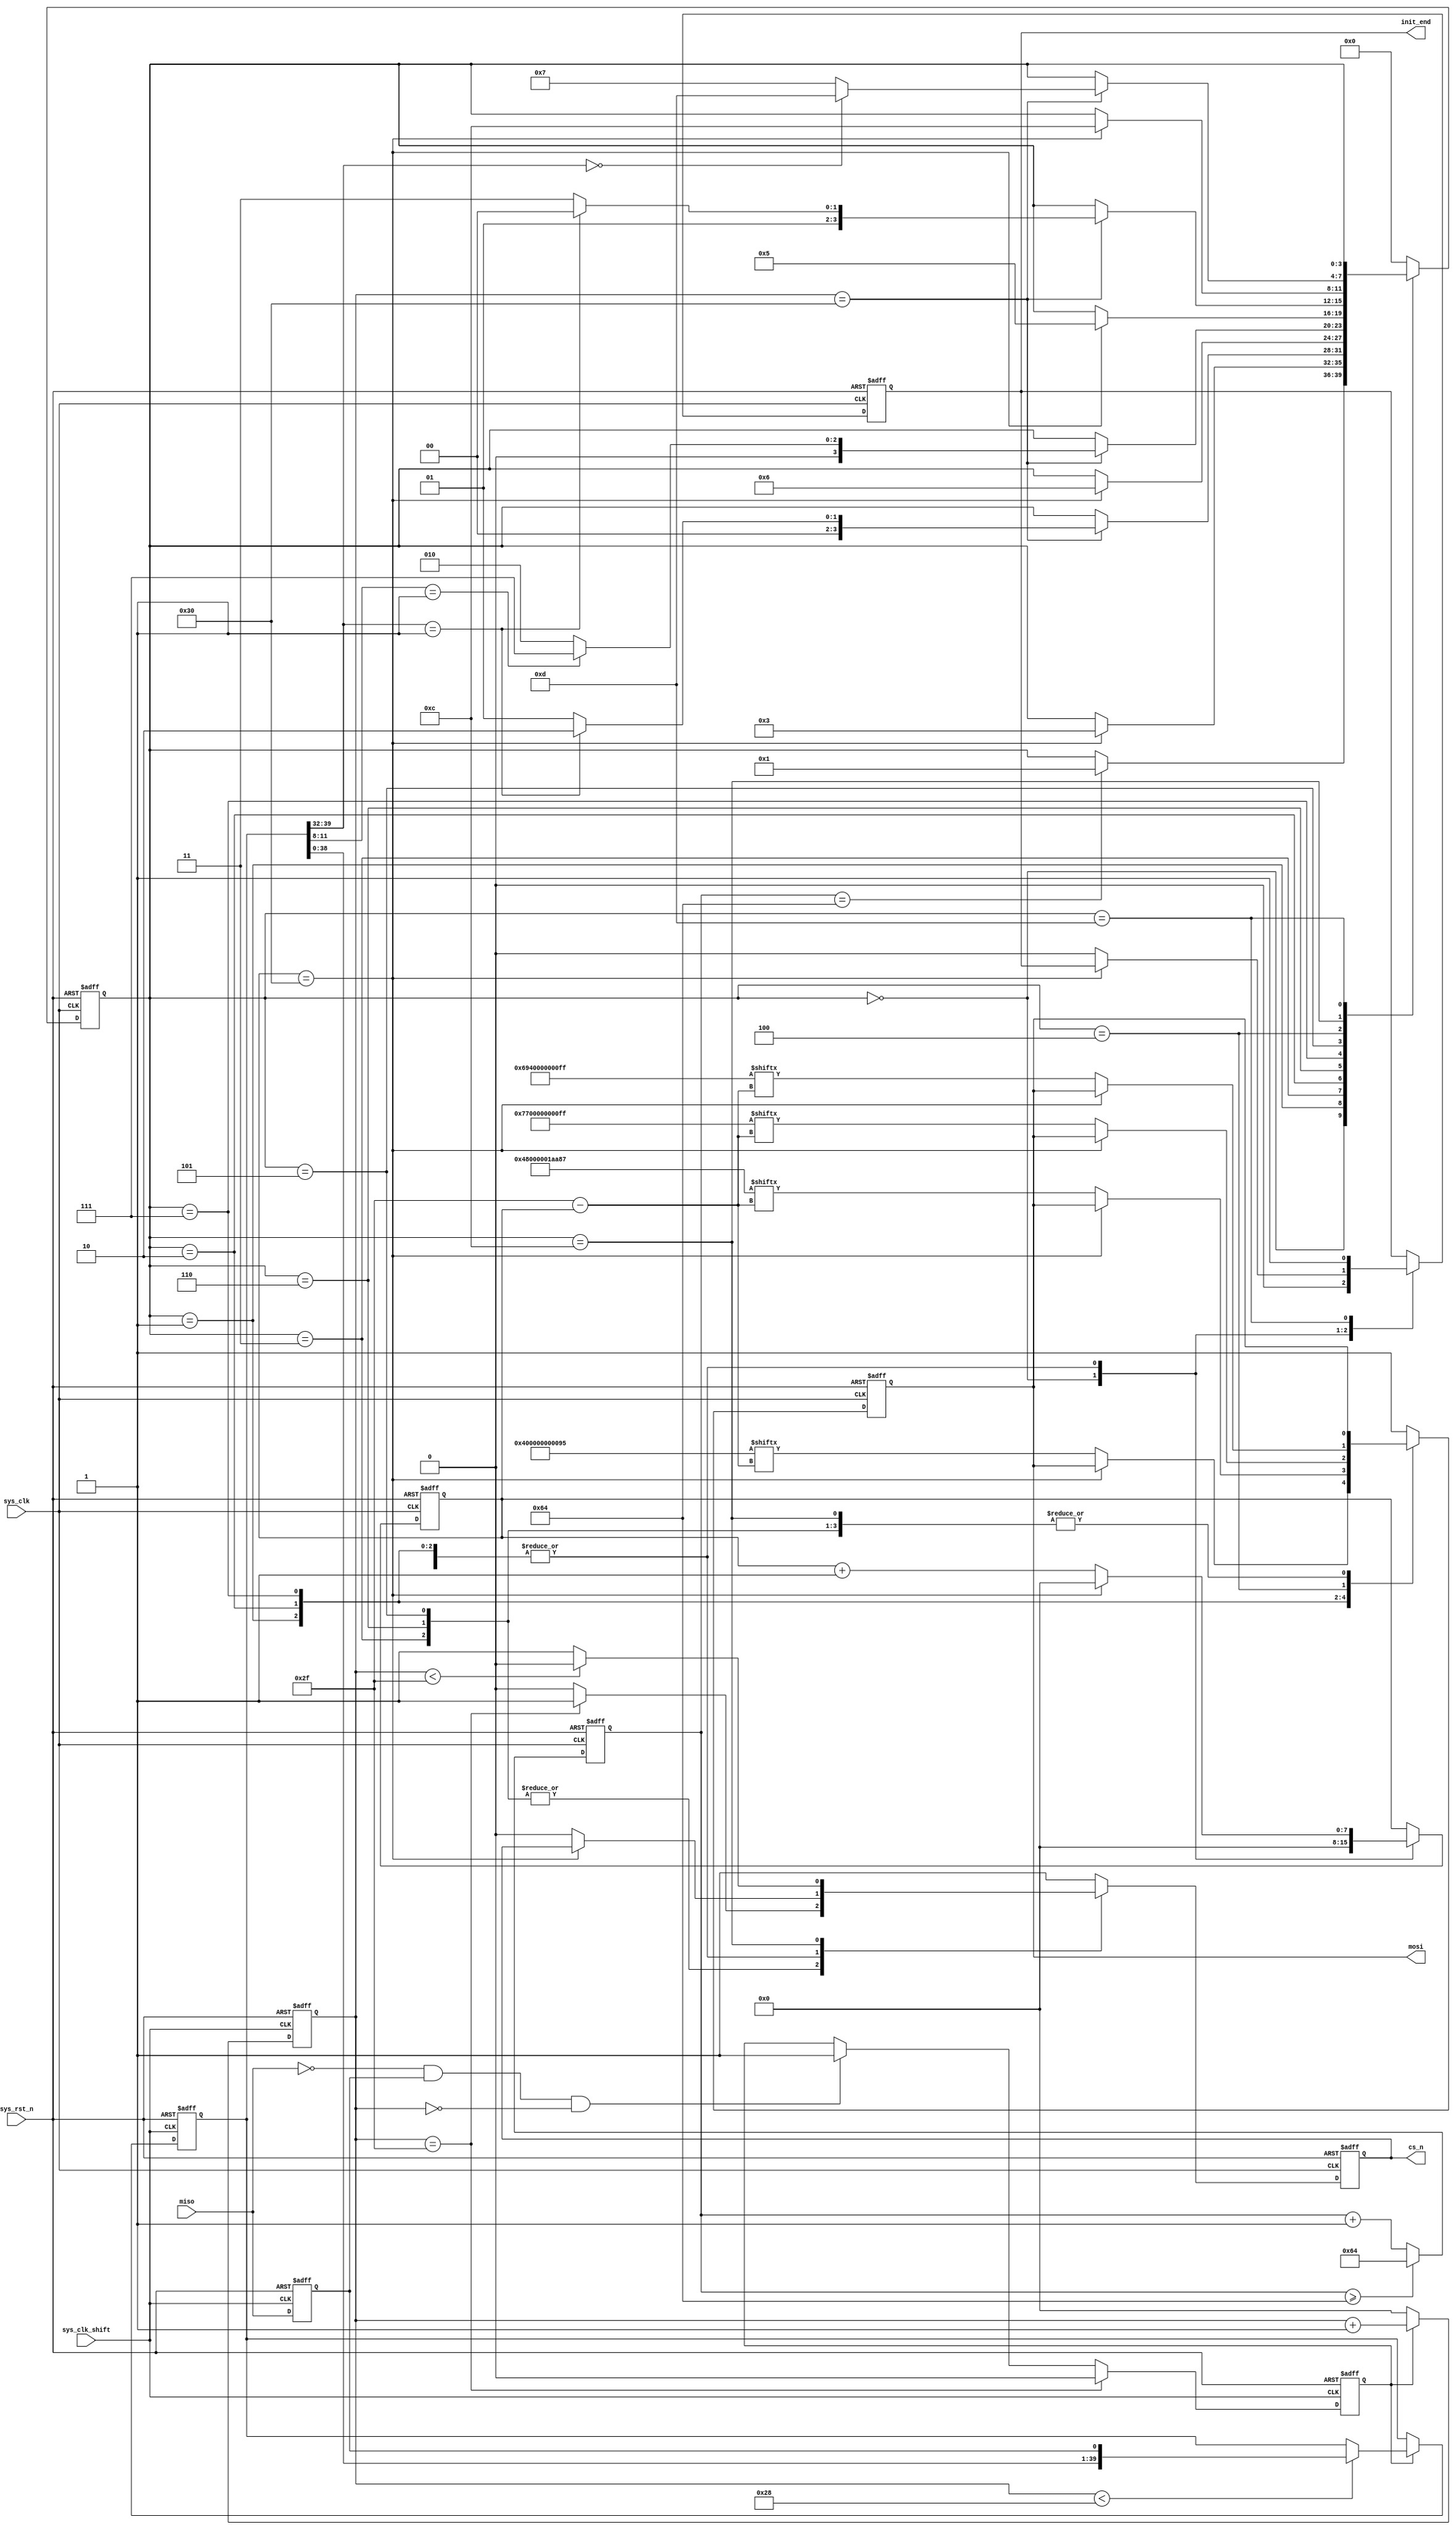
// This program was cloned from: https://github.com/abdelazeem201/SoC-FPGA
// License: MIT License

//*********************************************************************
//* ASIC Fresh Board                                                   *
//*  UART2SD                                                    *
//*  Top File : sd_init.v                                                *
//*  Author: abdelazeem                                               *
//*  Revision 0.1                                                     *
//*  Date     2024/01/26                                               *
//*  Email : a.abdelazeem201@gmail.com                                * 
//*********************************************************************
`timescale  1ns/1ns

module  sd_init
(
    input   wire    sys_clk         ,   
    input   wire    sys_clk_shift   ,   
    input   wire    sys_rst_n       ,   
    input   wire    miso            ,   

    output  reg     cs_n            ,   
    output  reg     mosi            ,   
    output  reg     init_end            
);


parameter   CMD0    =   {8'h40,8'h00,8'h00,8'h00,8'h00,8'h95},  
            CMD8    =   {8'h48,8'h00,8'h00,8'h01,8'haa,8'h87},  
            CMD55   =   {8'h77,8'h00,8'h00,8'h00,8'h00,8'hff},  
            ACMD41  =   {8'h69,8'h40,8'h00,8'h00,8'h00,8'hff};  
parameter   CNT_WAIT_MAX    =   8'd100; 
parameter   IDLE        =   4'b0000,    
            SEND_CMD0   =   4'b0001,    
            CMD0_ACK    =   4'b0011,    
            SEND_CMD8   =   4'b0010,    
            CMD8_ACK    =   4'b0110,    
            SEND_CMD55  =   4'b0111,    
            CMD55_ACK   =   4'b0101,    
            SEND_ACMD41 =   4'b0100,    
            ACMD41_ACK  =   4'b1100,    
            INIT_END    =   4'b1101;    

//reg   define
reg     [7:0]   cnt_wait        ;   
reg     [3:0]   state           ;   
reg     [7:0]   cnt_cmd_bit     ;   
reg             miso_dly        ;   
reg             ack_en          ;   
reg     [39:0]  ack_data        ;   
reg     [7:0]   cnt_ack_bit     ;   


always@(posedge sys_clk or negedge sys_rst_n)
    if(sys_rst_n == 1'b0)
        cnt_wait    <=  8'd0;
    else    if(cnt_wait >= CNT_WAIT_MAX)
        cnt_wait    <=  CNT_WAIT_MAX;
    else
        cnt_wait    <=  cnt_wait + 1'b1;


always@(posedge sys_clk or negedge sys_rst_n)
    if(sys_rst_n == 1'b0)
        state   <=  IDLE;
    else
        case(state)
            IDLE:
                if(cnt_wait == CNT_WAIT_MAX)
                    state   <=  SEND_CMD0;
                else
                    state   <=  state;
            SEND_CMD0:
                if(cnt_cmd_bit == 8'd48)
                    state   <=  CMD0_ACK;
                else
                    state   <=  state;
            CMD0_ACK:
                if(cnt_ack_bit == 8'd48)
                    if(ack_data[39:32] == 8'h01)
                        state   <=  SEND_CMD8;
                    else
                        state   <=  SEND_CMD0;
                else
                    state   <=  state;
            SEND_CMD8:
                if(cnt_cmd_bit == 8'd48)
                    state   <=  CMD8_ACK;
                else
                    state   <=  state;
            CMD8_ACK:
                if(cnt_ack_bit == 8'd48)
                    if(ack_data[11:8] == 4'b0001)
                        state   <=  SEND_CMD55;
                    else
                        state   <=  SEND_CMD8;
                else
                    state   <=  state;
            SEND_CMD55:
                if(cnt_cmd_bit == 8'd48)
                    state   <=  CMD55_ACK;
                else
                    state   <=  state;
            CMD55_ACK:
                if(cnt_ack_bit == 8'd48)
                    if(ack_data[39:32] == 8'h01)
                        state   <=  SEND_ACMD41;
                    else
                        state   <=  SEND_CMD55;
                else
                    state   <=  state;
            SEND_ACMD41:
                if(cnt_cmd_bit == 8'd48)
                    state   <=  ACMD41_ACK;
                else
                    state   <=  state;
            ACMD41_ACK:
                if(cnt_ack_bit == 8'd48)
                    if(ack_data[39:32] == 8'h00)
                        state   <=  INIT_END;
                    else
                        state   <=  SEND_CMD55;
                else
                    state   <=  state;
            INIT_END:
                state   <=  state;
            default:
                state   <=  IDLE;
        endcase

always@(posedge sys_clk or negedge sys_rst_n)
    if(sys_rst_n == 1'b0)
        begin
            cs_n            <=  1'b1;
            mosi            <=  1'b1;
            init_end        <=  1'b0;
            cnt_cmd_bit     <=  8'd0;
        end
    else
        case(state)
            IDLE:
                begin
                    cs_n            <=  1'b1;
                    mosi            <=  1'b1;
                    init_end        <=  1'b0;
                    cnt_cmd_bit     <=  8'd0;
                end
            SEND_CMD0:
                if(cnt_cmd_bit == 8'd48)
                    cnt_cmd_bit     <=  8'd0;
                else
                    begin
                        cs_n            <=  1'b0;
                        mosi            <=  CMD0[8'd47 - cnt_cmd_bit];
                        init_end        <=  1'b0;
                        cnt_cmd_bit     <=  cnt_cmd_bit + 8'd1;
                    end
            CMD0_ACK:
                if(cnt_ack_bit == 8'd47)
                    cs_n    <=  1'b1;
                else
                    cs_n    <=  1'b0;
            SEND_CMD8:
                if(cnt_cmd_bit == 8'd48)
                    cnt_cmd_bit     <=  8'd0;
                else
                    begin
                        cs_n            <=  1'b0;
                        mosi            <=  CMD8[8'd47 - cnt_cmd_bit];
                        init_end        <=  1'b0;
                        cnt_cmd_bit     <=  cnt_cmd_bit + 8'd1;
                    end
            CMD8_ACK:
                if(cnt_ack_bit == 8'd47)
                    cs_n    <=  1'b1;
                else
                    cs_n    <=  1'b0;
            SEND_CMD55:
                if(cnt_cmd_bit == 8'd48)
                    cnt_cmd_bit     <=  8'd0;
                else
                    begin
                        cs_n            <=  1'b0;
                        mosi            <=  CMD55[8'd47 - cnt_cmd_bit];
                        init_end        <=  1'b0;
                        cnt_cmd_bit     <=  cnt_cmd_bit + 8'd1;
                    end
            CMD55_ACK:
                if(cnt_ack_bit == 8'd47)
                    cs_n    <=  1'b1;
                else
                    cs_n    <=  1'b0;
            SEND_ACMD41:
                if(cnt_cmd_bit == 8'd48)
                    cnt_cmd_bit     <=  8'd0;
                else
                    begin
                        cs_n            <=  1'b0;
                        mosi            <=  ACMD41[8'd47 - cnt_cmd_bit];
                        init_end        <=  1'b0;
                        cnt_cmd_bit     <=  cnt_cmd_bit + 8'd1;
                    end
            ACMD41_ACK:
                if(cnt_ack_bit < 8'd47)
                    cs_n    <=  1'b0;
                else
                    cs_n    <=  1'b1;
            INIT_END:
                begin
                    cs_n        <=  1'b1;
                    mosi        <=  1'b1;
                    init_end    <=  1'b1;
                end
            default:
                begin
                    cs_n    <=  1'b1;
                    mosi    <=  1'b1;
                end
        endcase


always@(posedge sys_clk_shift or negedge sys_rst_n)
    if(sys_rst_n == 1'b0)
        miso_dly    <=  1'b0;
    else
        miso_dly    <=  miso;


always@(posedge sys_clk_shift or negedge sys_rst_n)
    if(sys_rst_n == 1'b0)
        ack_en  <=  1'b0;
    else    if(cnt_ack_bit == 8'd47)
        ack_en  <=  1'b0;
    else    if((miso == 1'b0) && (miso_dly == 1'b1) && (cnt_ack_bit == 8'd0))
        ack_en  <=  1'b1;
    else
        ack_en  <=  ack_en;

always@(posedge sys_clk_shift or negedge sys_rst_n)
    if(sys_rst_n == 1'b0)
        begin
            ack_data    <=  8'b0;
            cnt_ack_bit <=  8'd0;
        end
    else    if(ack_en == 1'b1)
        begin
            cnt_ack_bit     <=  cnt_ack_bit + 8'd1;
            if(cnt_ack_bit < 8'd40)
                ack_data    <=  {ack_data[38:0],miso_dly};
            else
                ack_data    <=  ack_data;
        end
    else
        cnt_ack_bit <=  8'd0;

endmodule